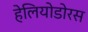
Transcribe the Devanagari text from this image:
हेलियोडोरस